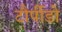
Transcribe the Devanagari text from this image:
टौर्पीडो